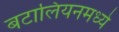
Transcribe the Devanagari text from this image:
बटालियनमध्ये